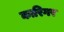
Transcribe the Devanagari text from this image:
कारिगर